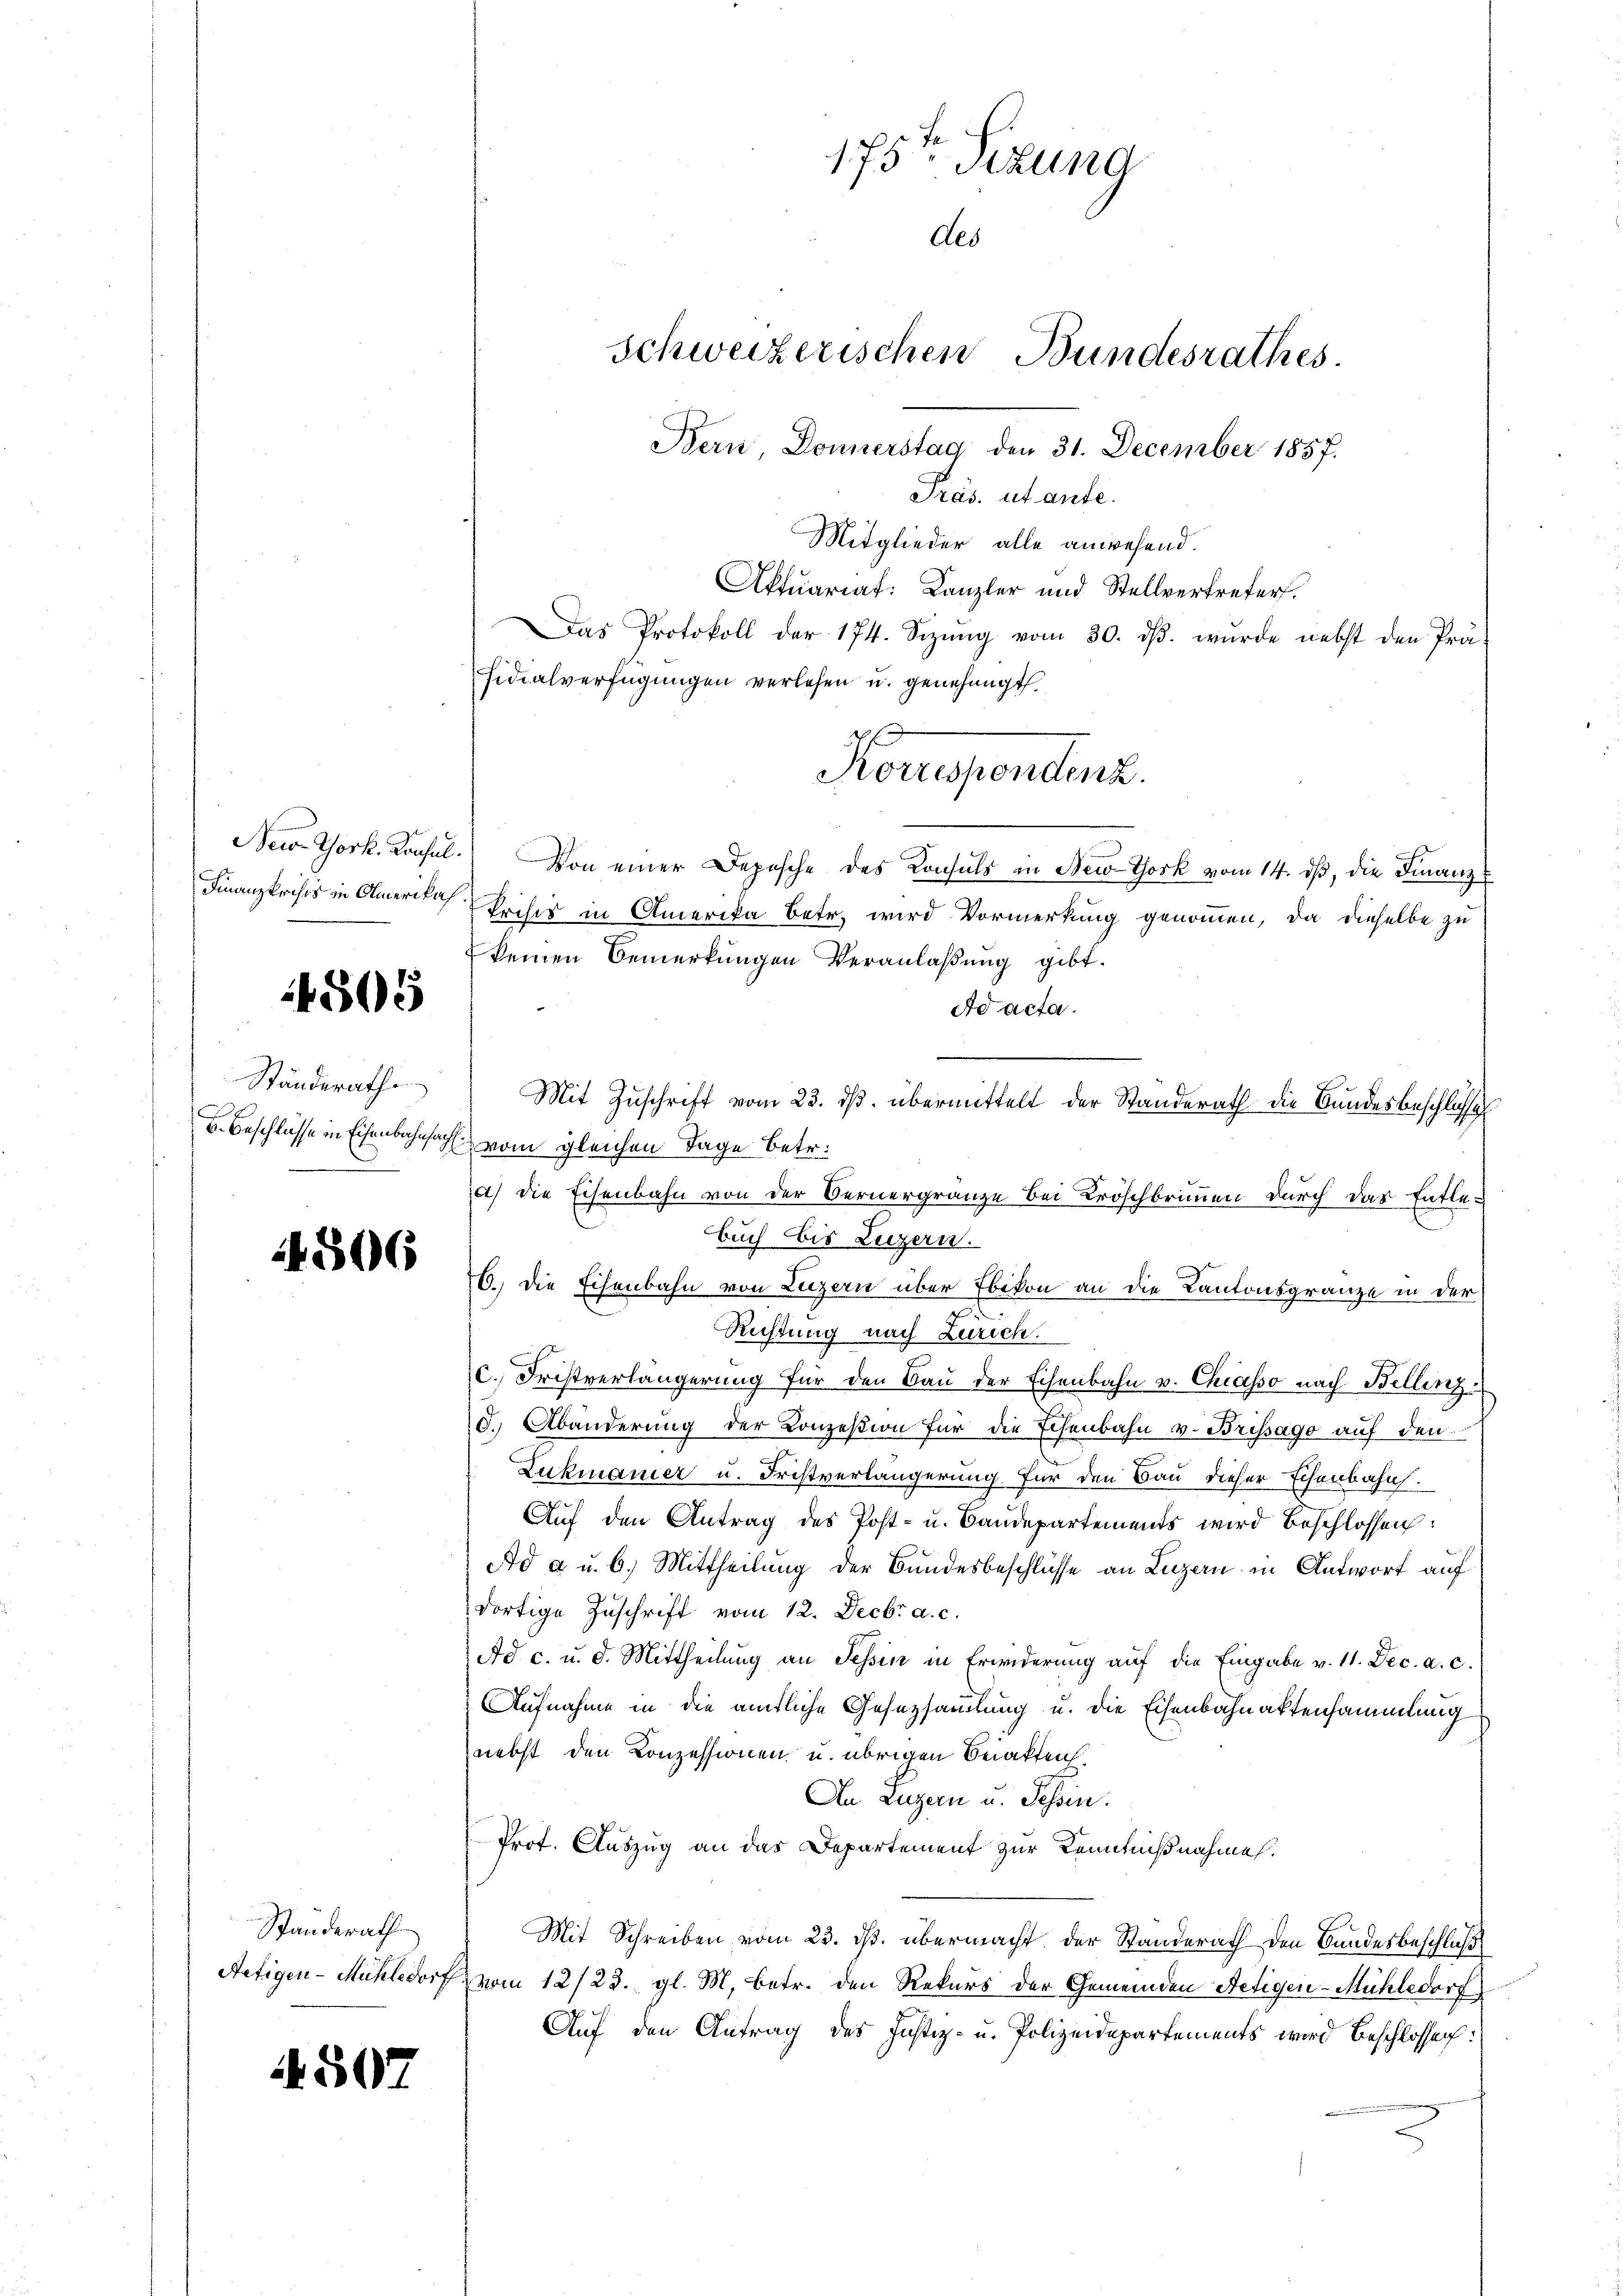
New York. Konsul.
Finanzkrists in Olmerikah.

4505

Ständerath
B. Beschlüsse in Eisenbahnfach

4306

Standerath
Aetigen-Mühledorf

4507

175ten Sizung
des
Schweizerischen Bundesrathes
Bern Donnerstag den 31. December 1857.
Pras. ut ante.

Mitglieder alle anwesend.
Aktuariat: Kanzler und Stellvertreter.
Das Protokoll der 174. Sizŭng vom 30. dβ. wurde nebst den Präsidialverfügungen verlesen u. genehmigt.
Von einer Depesche des Konsuls in New-York vom 14. ds, die Finanz¬
Prisis in Amerika betr. wird Vormerkung genommen, da dieselbe zu
keinen Bemerkungen Veranlaßung gibt.
Ad acta.
Mit Zuschrift vom 23. ds. übermittelt der Standerath die Bundesbeschlosse
vom gleichen Tage betr.
a) die Eisenbahn von der Bernergränze bei Kröschbrunnen durch das Entle-
Buch bis Luzern
C. die Eisenbahn von Luzern über Ebikon an die Kantonsgränze in der
Richtung nach Zürich.
c. Fristverlängerung für den Bau der Echenbahn v. Chiasso nach Billinz
d. Abänderung der Konzession für die Echenbahn v. Brissago auf den
Lukmanier u. Fristverlängerung. Für den Bau dieser Echenbahn.
Auf den Antrag des Post- u. Baudepartements wird beschlossen:
Ad a u. b.) Mittheilung der Bundesbeschlüsse an Luzern in Antwort auf
dortige Zuschrift vom 12. Decbr a. c.
Ad c. u. d. Mittheilung an Tessin in Erwiderung auf die Eingabe v. 11. Dec. a. c.
Aufnahme in die amtliche Gesetzsamlung u. die Eisenbahnaktensammlung
nebst den Konzessionen u. übrigen Berakten
An Luzern u. Tessin.
Prof. Auszug an das Departement zur Kenntnißnahme.
Mit Schreiben vom 23. ds. übermacht der Standerath den Bundesbeschluß
vom 12/25. gl. M. betr. den Rekurs der Gemeinden Hetigen-Mühledorf)
Auf den Antrag des Justiz- u. Polizeidepartements wird Beschlossen:

Korrespondenz.